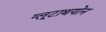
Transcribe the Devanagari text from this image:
ग्लूटाथयोन